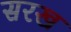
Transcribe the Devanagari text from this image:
सरख